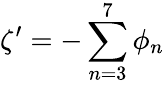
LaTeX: \zeta^{\prime}=-\sum_{n=3}^{7}\phi_{n}